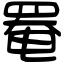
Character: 罨